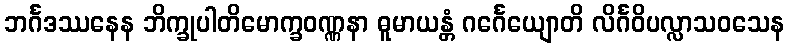
ဘင်္ဂဒဿနေန ဘိက္ခုပါတိမောက္ခဝဏ္ဏနာ ဓူမာယန္တံ ဂင်္ဂေယျောတိ လိင်္ဂဝိပလ္လာသဝသေန